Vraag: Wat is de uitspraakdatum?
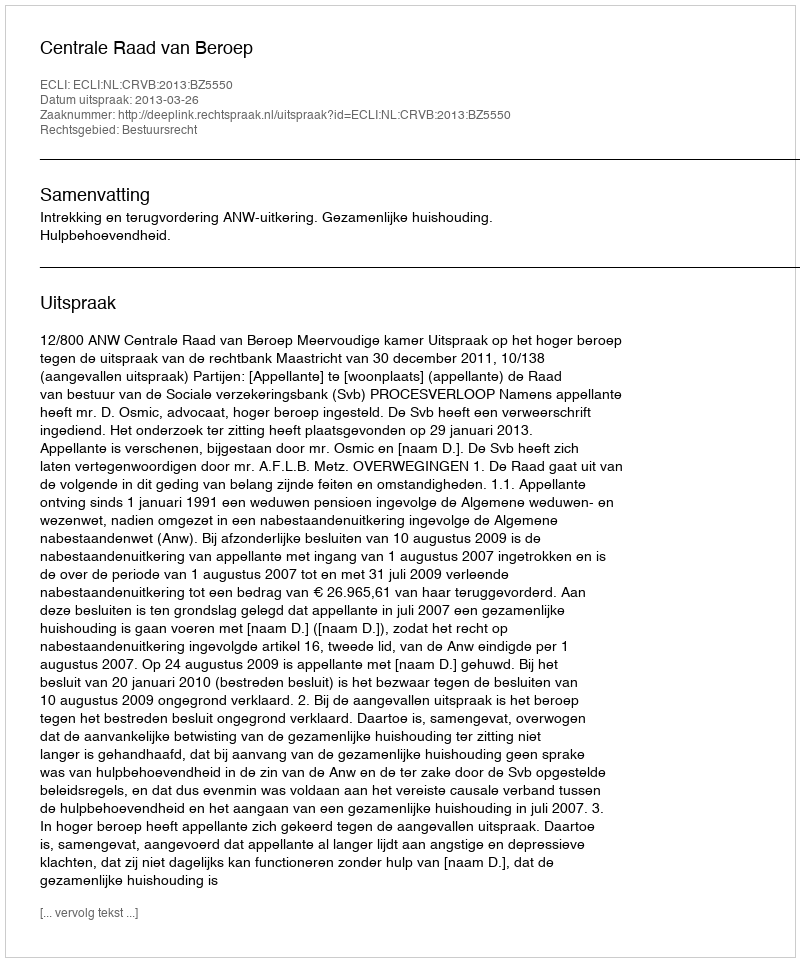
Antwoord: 2013-03-26